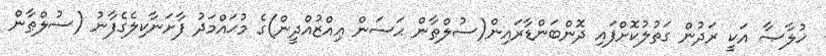
ޚުލާޞާ އަކީ ރަދުން ގަތުލުކޮށްފައި ދޮންބަންޑާރައިން(ސުލްޠާން ޙަސަން ޢިއްޒުއްދީން)ގެ މުޙައްމަދު ފާށަނާކިލެގެފާނު (ސުލްޠާން